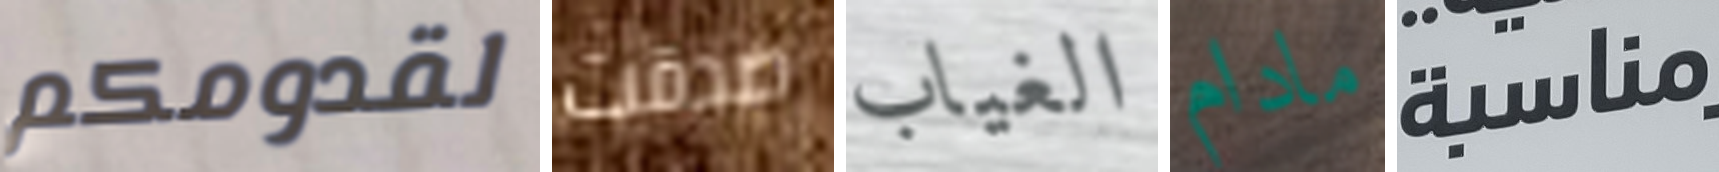
لقدومكم صدقت الغياب مادام مناسبة